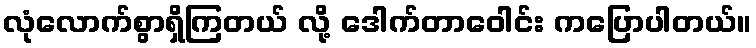
လုံလောက်စွာရှိကြတယ် လို့ ဒေါက်တာဝေါင်း ကပြောပါတယ်။